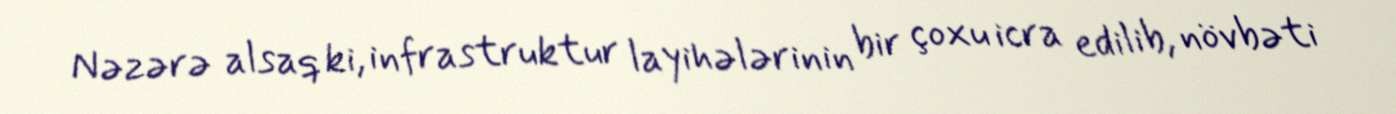
Nəzərə alsaq ki, infrastruktur layihələrinin bir çoxu icra edilib, növbəti